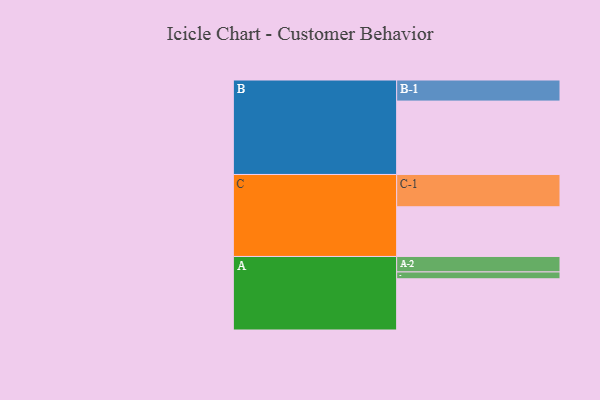
{"axis": {"x": "Segment", "y": "Value"}, "legend": ["", "A", "B", "C"], "data": [{"x": "A", "y": 374, "type": ""}, {"x": "B", "y": 536, "type": ""}, {"x": "C", "y": 363, "type": ""}, {"x": "A-1", "y": 50, "type": "A"}, {"x": "A-2", "y": 113, "type": "A"}, {"x": "B-1", "y": 154, "type": "B"}, {"x": "C-1", "y": 236, "type": "C"}]}